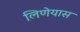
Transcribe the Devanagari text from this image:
लिणेयास